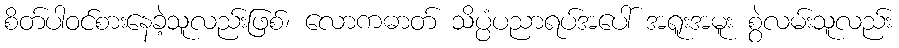
စိတ်ပါဝင်စားနေခဲ့သူလည်းဖြစ်၊ လောကဓာတ် သိပ္ပံပညာရပ်အပေါ် အရူးအမူး စွဲလမ်းသူလည်း